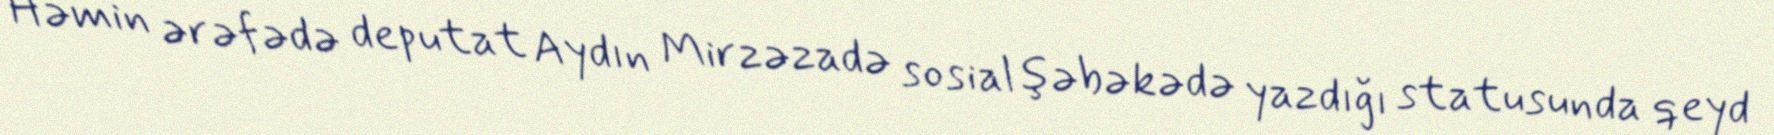
Həmin ərəfədə deputat Aydın Mirzəzadə sosial şəbəkədə yazdığı statusunda qeyd